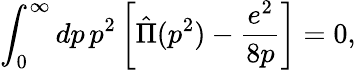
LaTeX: \int_{0}^{\infty}dp\, p^{2}\left[\hat{\Pi}(p^{2})-\frac{e^{2}}{8p}\right]=0,